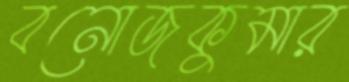
বনোজকুমার